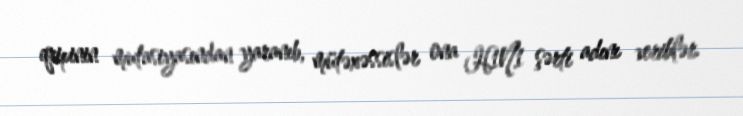
qripinin mutasiyasından yaranıb, mütəxəssislər ona H1N1 şərti adını veriblər.